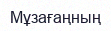
Мұзағаңның